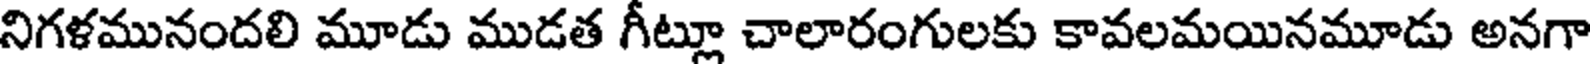
నిగళమునందలి మూడు ముడత గీట్లూ చాలారంగులకు కావలమయినమూడు అనగా